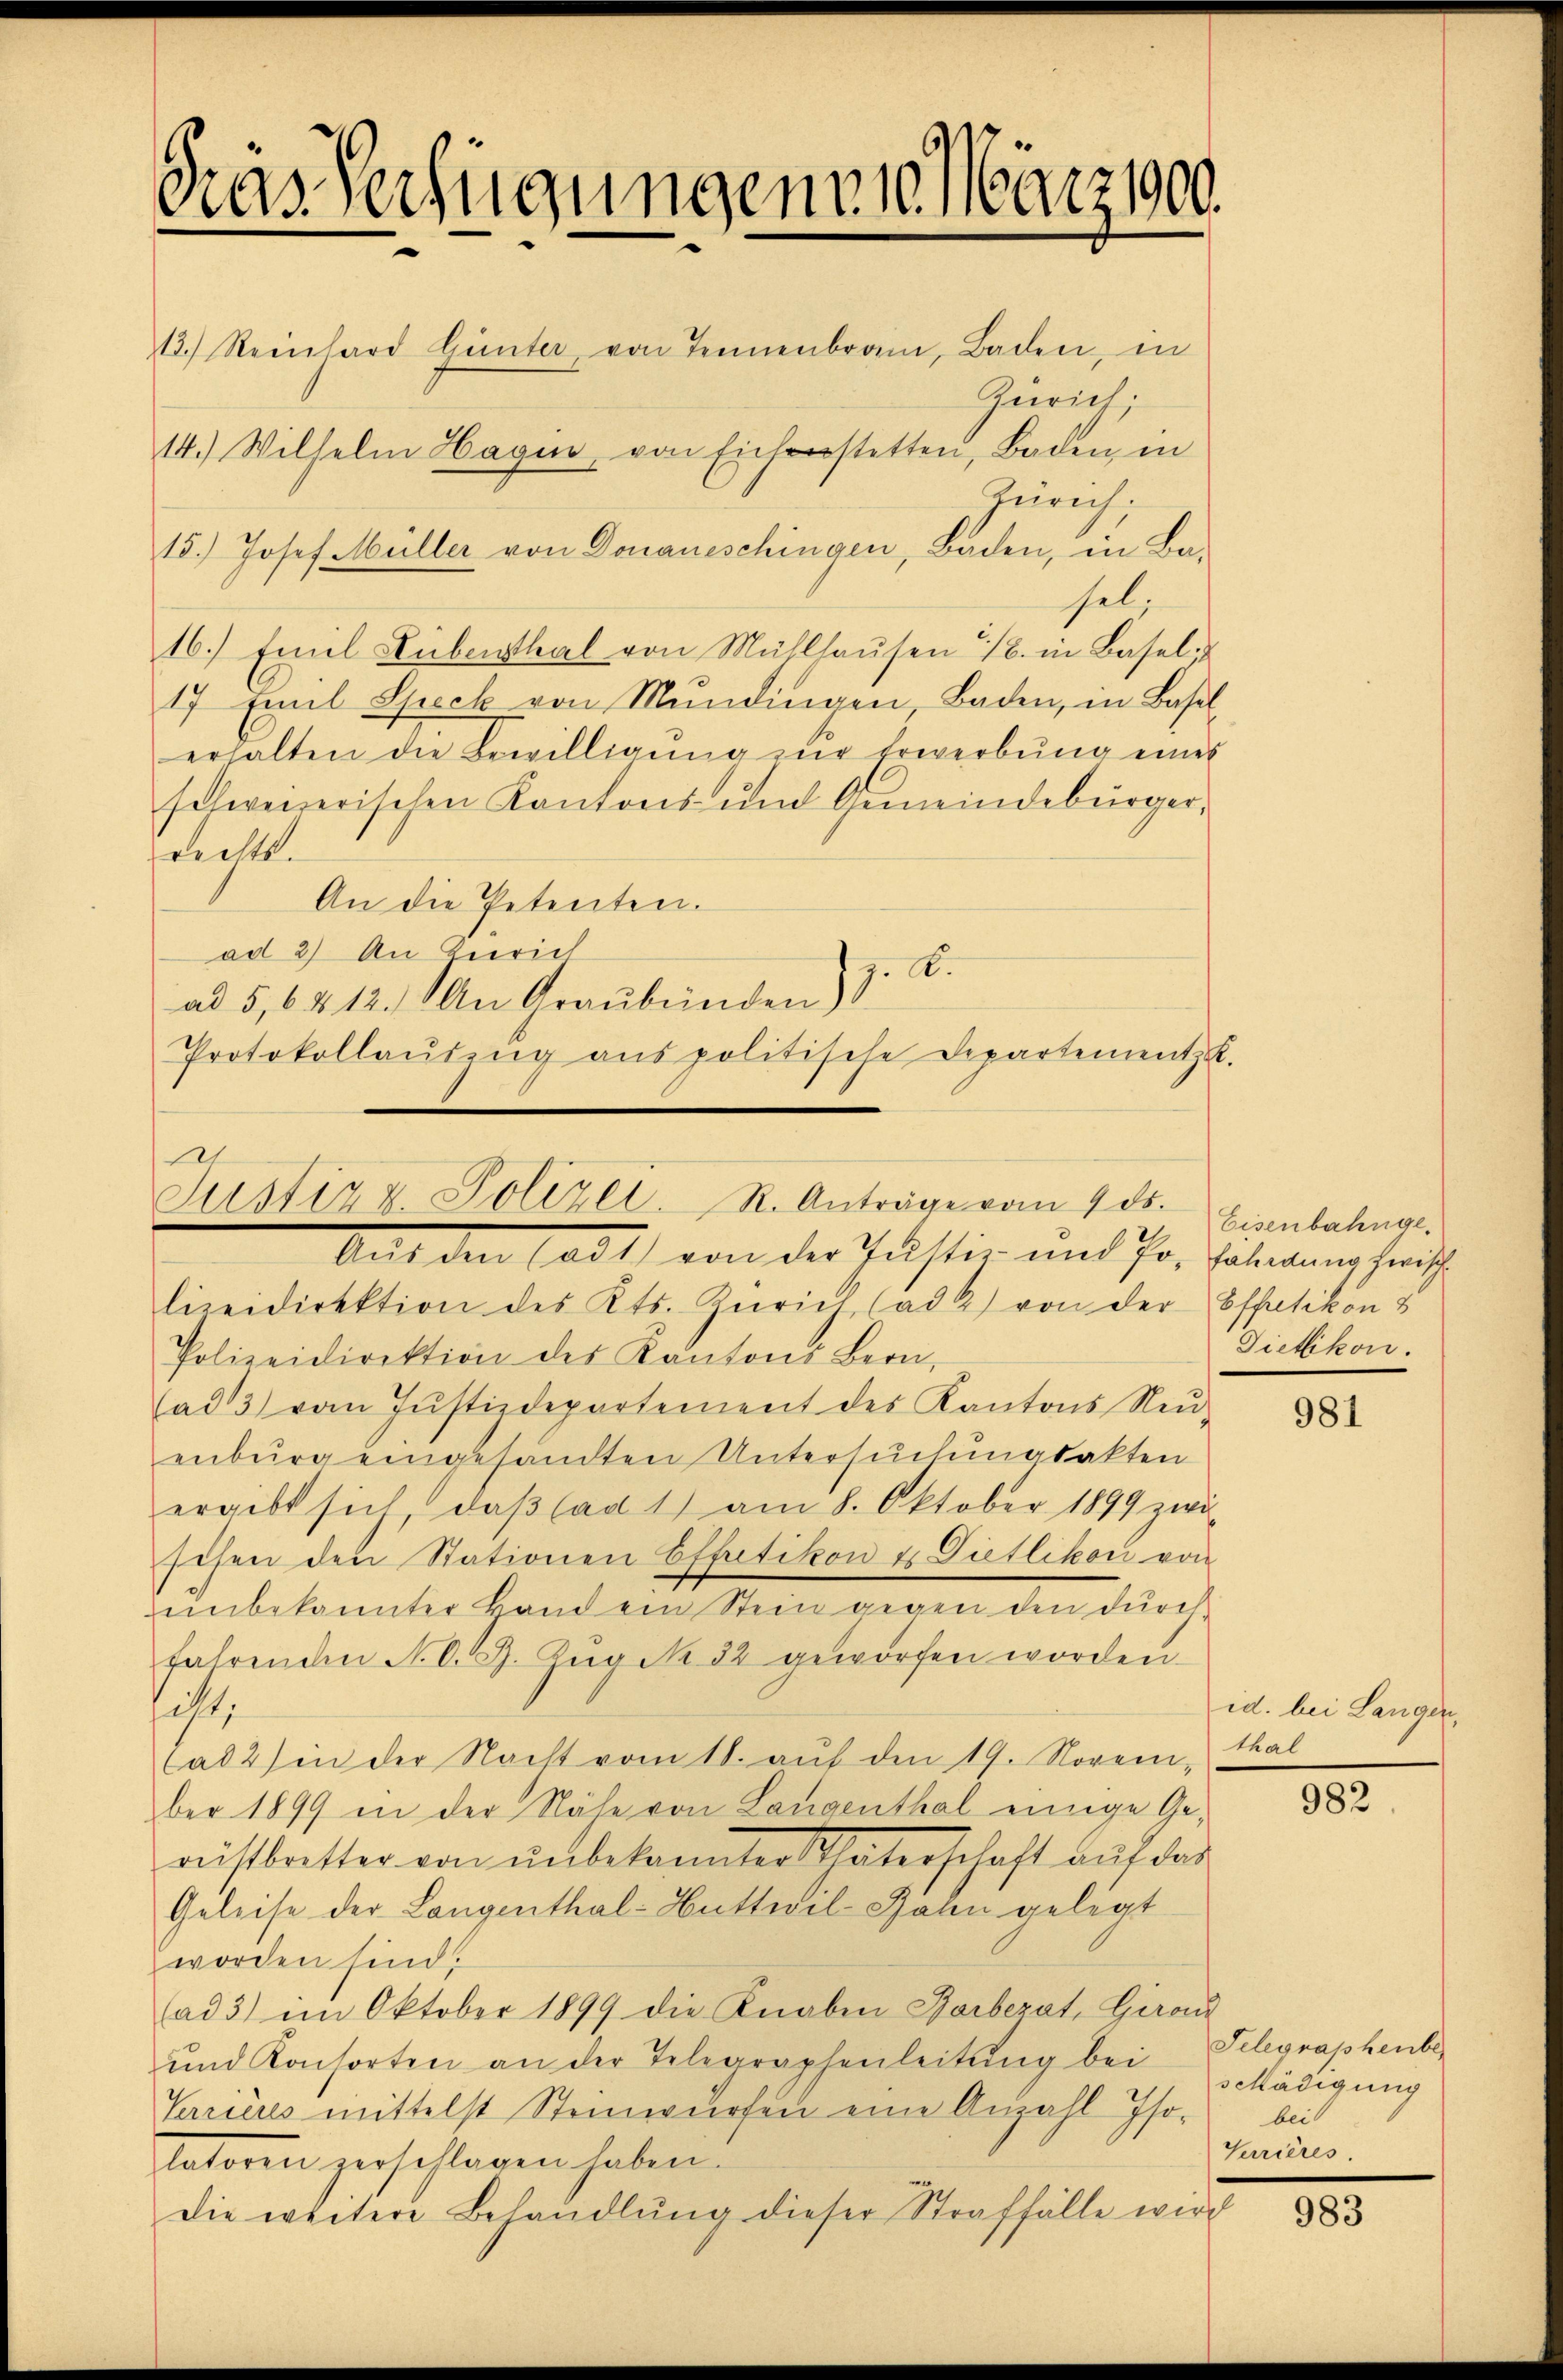
Gras Verfügungenen März 1900.

Zürich;
Zürich;
15.) Josef Müller von Donaueschingen, Baden, in Ba-
sel.
16.) Emil Stubenthal von Müllhausen 1/6. in Basel,
17 Emil Speck von Mundingen Baden, in Basel-
erhalten die Bewilligŭng zŭr Erwerbŭng eines
schweizerischen Kantons- und Gemeindebürgerrechts.
An die Petenten.
ad 2) An Gerich
A.
ad 5,6412. An Graubünden)
Protokollaŭszŭg aŭs politische Departement u.

13.) Reinhard Günter von Tennenbrann, Baden, in
14.) Wilhelm Hagin, von Eicherstetten, Baden, in

s
Justiz z. Polizei. R. Anträge vom 9. ds.
Auf den tadt von der Justiz und Pr. Sohnung herisch

lizeidirektion des Kts. Zürich (ad 2) von der Effetikon &
Polizeidirektion des Kantons Bern,
ad13) vom Justizdepartement des Kantons Neŭ-
enburg eingesandten Untersuchungsakten
ergibt sich, daβ (ad 1) am 8. Oktober 1899 zwi-
schen den Stationen Effetikon & Dietlikon von
unbekannter Hand ein Stein gegen den durchfahrenden N. O. G. Zŭg No. 32 geworfen worden.
ist,
(ad 2) in der Nacht vom 18. aŭf den 19. Novem, tal
ber 1899 in der Nähe von Langenthal einige Ge-
restritter von unbekannter Thaterschaft auf das
Geleise der Langenthal-Huttwil-Jahn gelegt
worden sind,
(ad 3) im Oktober 1899 die Knaben Barbezat, Girau
und Konsorten an der Telegraphenleitung bei
Verrieres mittelst Steinwürfen eine Anzahl Iso-
tatoren zerschlagen haben.
Die weitere Behandlŭng dieser Straffälle wird

Eisenbahnge-
Dietikon.

981

id. bei Langen,

982

Telegraphenber
schädigung
bei
Verrières.

983